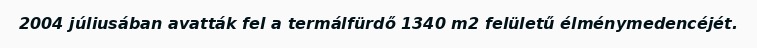
2004 júliusában avatták fel a termálfürdő 1340 m2 felületű élménymedencéjét.